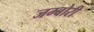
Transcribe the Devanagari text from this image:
जम्बोरी